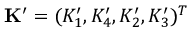
\mathbf { K } ^ { \prime } = ( K _ { 1 } ^ { \prime } , K _ { 4 } ^ { \prime } , K _ { 2 } ^ { \prime } , K _ { 3 } ^ { \prime } ) ^ { T }